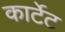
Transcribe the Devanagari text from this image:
कार्टेट